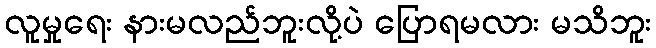
လူမှုရေး နားမလည်ဘူးလို့ပဲ ပြောရမလား မသိဘူး